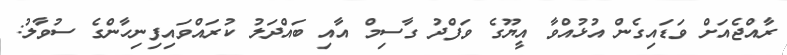
ރާއްޖެއަށް ވަޑައިގެން އުޅުއްވާ އީޔޫގެ ވަފްދު ގާސިމް އާއި ބައްދަލު ކުރައްވައިފިނިހާންގެ ސުވާލު: